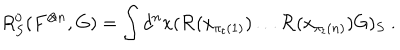
LaTeX: R _ { S } ^ { 0 } ( F ^ { \otimes n } , G ) = \int d ^ { n } x ( { \mathcal R } ( x _ { \pi _ { t } ( 1 ) } ) \ldots { \mathcal R } ( x _ { \pi _ { t } ( n ) } ) G ) _ { S } \ .